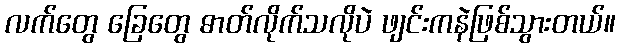
လက်တွေ ခြေတွေ ဓာတ်လိုက်သလိုပဲ ဖျင်းကနဲဖြစ်သွားတယ်။